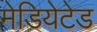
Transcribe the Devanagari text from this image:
मेडियेटेड